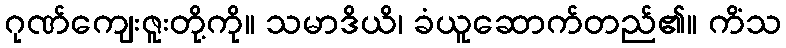
ဂုဏ်ကျေးဇူးတို့ကို။ သမာဒိယိ၊ ခံယူဆောက်တည်၏။ ကိံသ